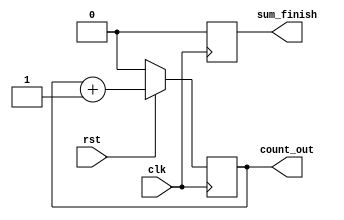
module count(clk,rst,count_out,sum_finish);

input  clk,rst;
output count_out;
output sum_finish;
reg count;
reg sum_finish_flag;

assign count_out=count;
assign sum_finish=sum_finish_flag;

/*case(level)
1:count_in<49?count_out=count_in+1;count_out=count_in;
default:count_in<7?count_out=count_in+1;count_out=count_in;
endcase

case(level)
1:count_in<49?sum_finish=0;sum_finish=1;
default:count_in<7?sum_finish=0;sum_finish=1;
endcase*/


always@(posedge clk)
begin
 if (rst==0)
 begin
 count=0;
 sum_finish_flag=0;
 end
 else if(rst==1)
 begin
   if (count==49)
   begin
   count=0;
   sum_finish_flag=1;
   end
   else
   begin
   count=count+1;
   sum_finish_flag=0;
   end
 end
end

endmodule